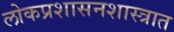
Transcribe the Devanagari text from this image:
लोकप्रशासनशास्त्रात